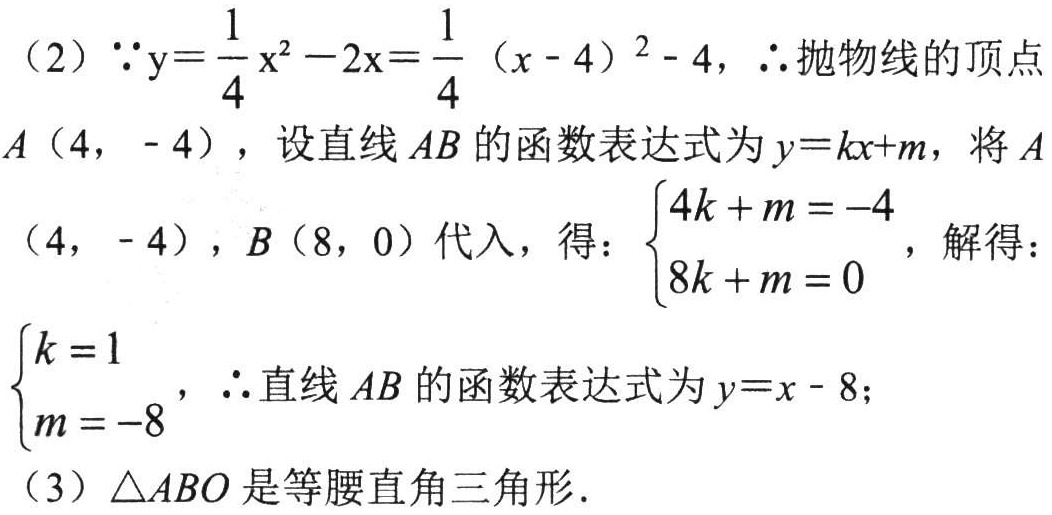
（2）$\because y = \frac{1}{4}x^{2}-2x=\frac{1}{4}(x - 4)^{2}-4$，$\therefore$抛物线的顶点
$A(4,-4)$，设直线$AB$的函数表达式为$y = kx + m$，将$A$
$(4,-4)$，$B(8,0)$代入，得：$\begin{cases}4k + m = -4\\8k + m = 0\end{cases}$，解得：
$\begin{cases}k = 1\\m = -8\end{cases}$，$\therefore$直线$AB$的函数表达式为$y = x - 8$；
（3）$\triangle ABO$是等腰直角三角形．